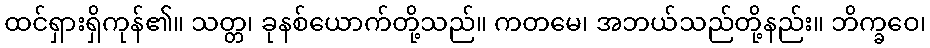
ထင်ရှားရှိကုန်၏။ သတ္တ၊ ခုနစ်ယောက်တို့သည်။ ကတမေ၊ အဘယ်သည်တို့နည်း။ ဘိက္ခဝေ၊